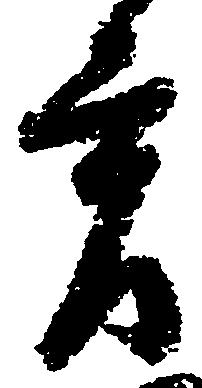
貢